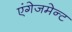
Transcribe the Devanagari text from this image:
एंगेजमेन्ट